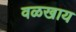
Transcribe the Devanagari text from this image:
वळखाय